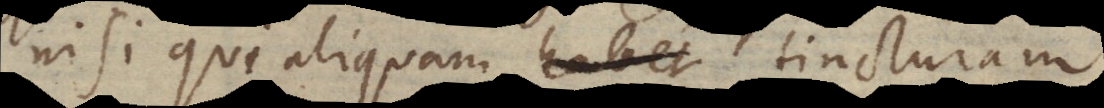
nisi qui aliquam tincturam